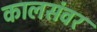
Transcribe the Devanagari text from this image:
कालसंवर